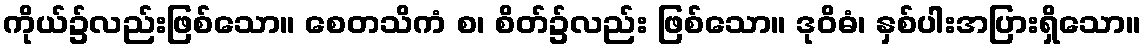
ကိုယ်၌လည်းဖြစ်သော။ စေတသိကံ စ၊ စိတ်၌လည်း ဖြစ်သော။ ဒုဝိဓံ၊ နှစ်ပါးအပြားရှိသော။